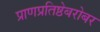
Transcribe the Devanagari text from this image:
प्राणप्रतिष्ठेबरोबर